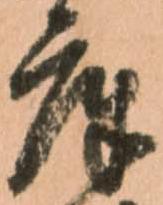
庫